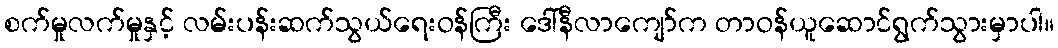
စက်မှုလက်မှုနှင့် လမ်းပန်းဆက်သွယ်ရေးဝန်ကြီး ဒေါ်နီလာကျော်က တာဝန်ယူဆောင်ရွက်သွားမှာပါ။